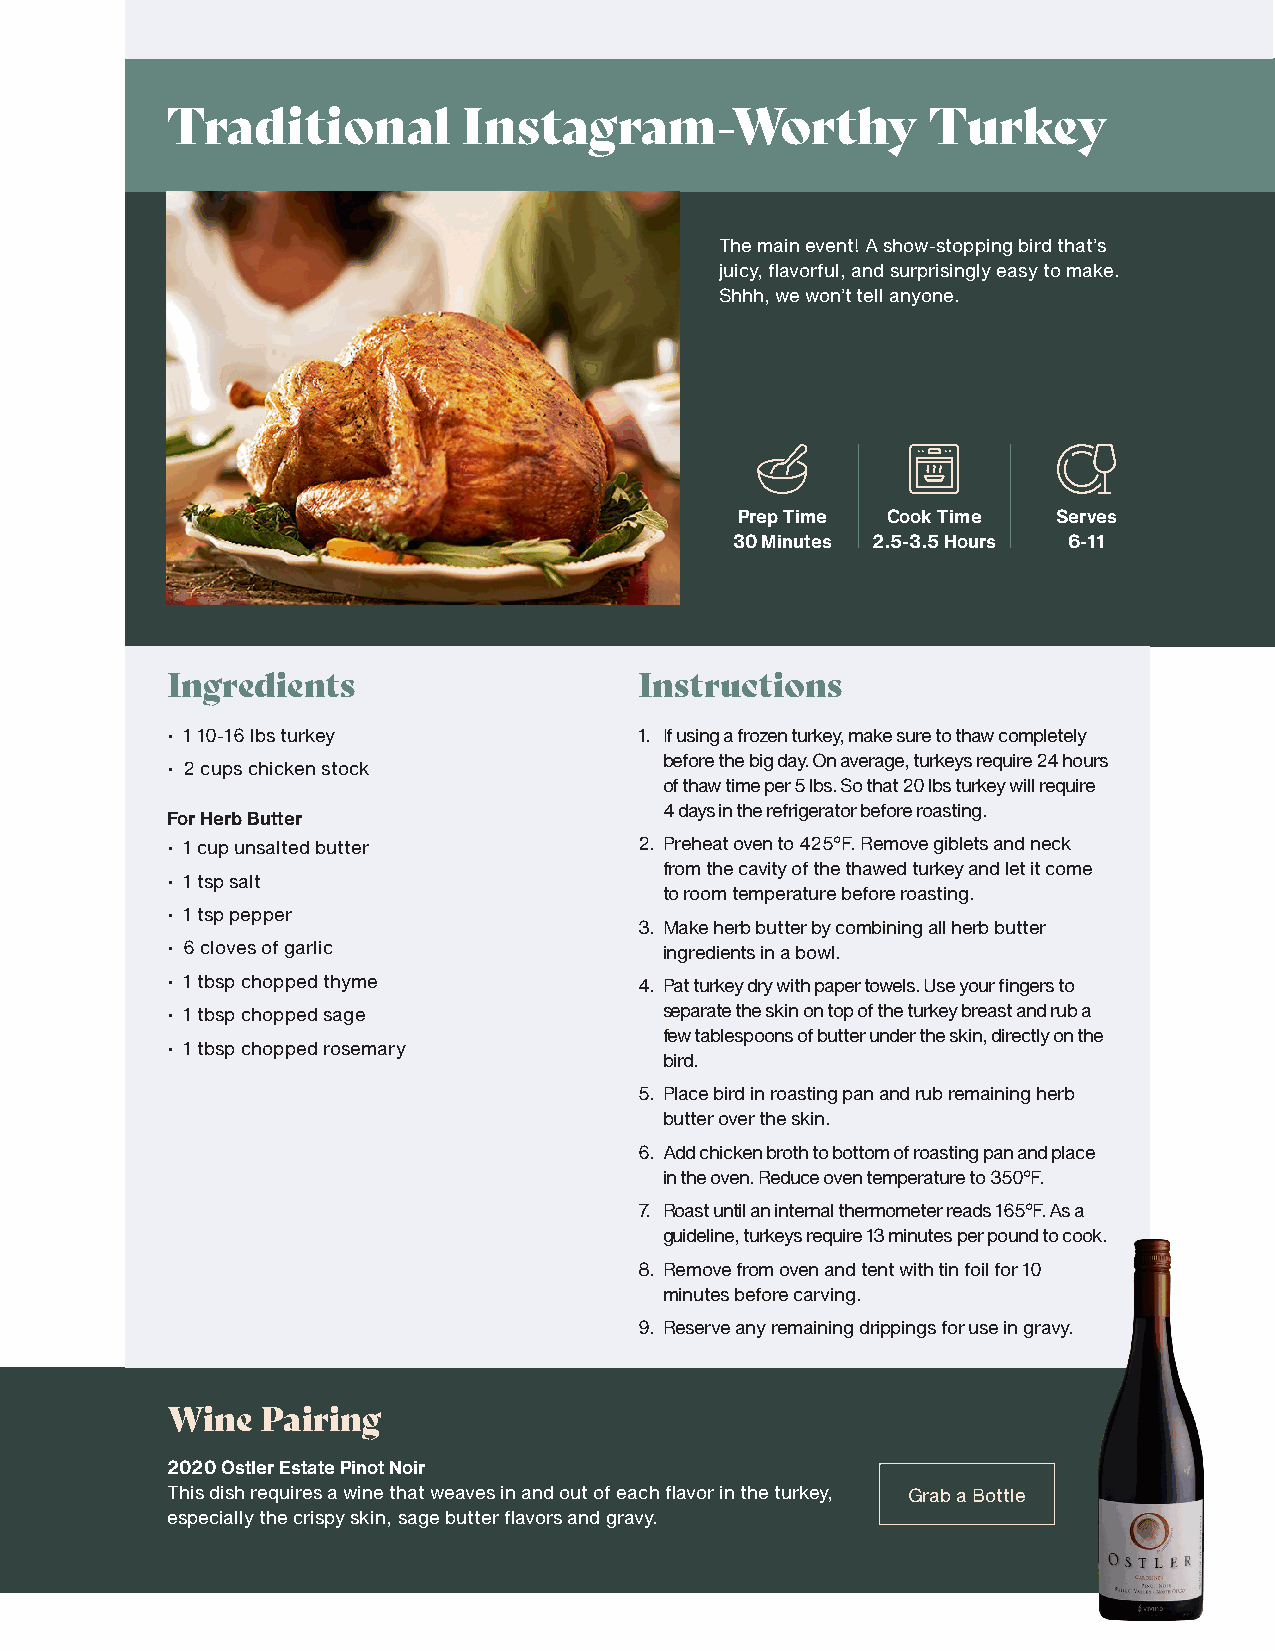
Traditional         Instagram-Worthy              Turkey
 The main event! A show-stopping bird that’s
 juicy, flavorful, and surprisingly easy to make.
 Shhh, we won’t tell anyone.
 Prep Time Cook Time  Serves
 30 Minutes 2.5-3.5 Hours 6-11
 Ingredients                    Instructions
 • 1 10-16 lbs turkey           1. If using a frozen turkey, make sure to thaw completely
 before the big day. On average, turkeys require 24 hours
 • 2 cups chicken stock
 of thaw time per 5 lbs. So that 20 lbs turkey will require
 4 days in the refrigerator before roasting.
 For Herb Butter
 • 1 cup unsalted butter        2. Preheat oven to 425°F. Remove giblets and neck
 from the cavity of the thawed turkey and let it come
 • 1 tsp salt
 to room temperature before roasting.
 • 1 tsp pepper
 3. Make herb butter by combining all herb butter
 • 6 cloves of garlic             ingredients in a bowl.
 • 1 tbsp chopped thyme         4. Pat turkey dry with paper towels. Use your fingers to
 • 1 tbsp chopped sage            separate the skin on top of the turkey breast and rub a
 few tablespoons of butter under the skin, directly on the
 • 1 tbsp chopped rosemary
 bird.
 5. Place bird in roasting pan and rub remaining herb
 butter over the skin.
 6. Add chicken broth to bottom of roasting pan and place
 in the oven. Reduce oven temperature to 350°F.
 7. Roast until an internal thermometer reads 165°F. As a
 guideline, turkeys require 13 minutes per pound to cook.
 8. Remove from oven and tent with tin foil for 10
 minutes before carving.
 9. Reserve any remaining drippings for use in gravy.
 Wine  Pairing
 2020 Ostler Estate Pinot Noir
 This dish requires a wine that weaves in and out of each flavor in the turkey, Grab a Bottle
 especially the crispy skin, sage butter flavors and gravy.